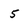
Character: 5